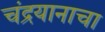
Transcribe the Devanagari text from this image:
चंद्रयानाचा